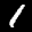
Label: 1